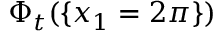
\Phi _ { t } ( \{ x _ { 1 } = 2 \pi \} )